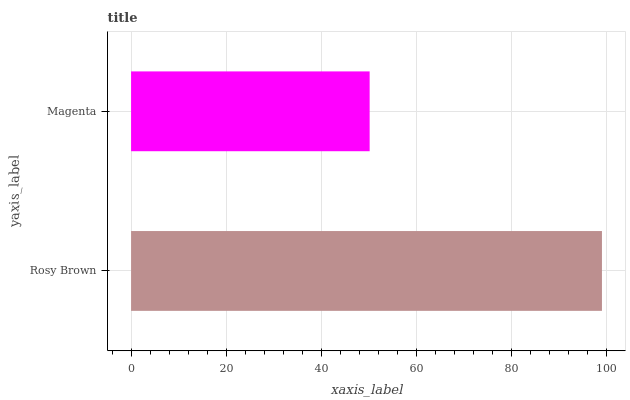
| yaxis_label | bars |
 | --- | --- |
 | Rosy Brown | 99 |
 | Magenta | 50.2 |